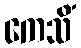
ကေသိံ